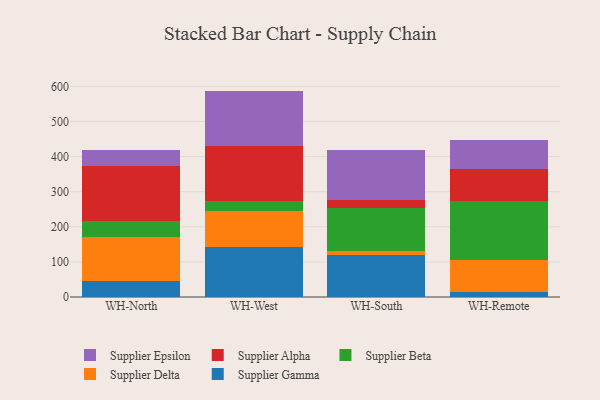
{"axis": {"x": "Warehouse", "y": "Headcount"}, "legend": ["Supplier Alpha", "Supplier Beta", "Supplier Delta", "Supplier Epsilon", "Supplier Gamma"], "data": [{"x": "WH-North", "y": 44.2, "type": "Supplier Gamma"}, {"x": "WH-North", "y": 125.4, "type": "Supplier Delta"}, {"x": "WH-North", "y": 46.2, "type": "Supplier Beta"}, {"x": "WH-North", "y": 156.1, "type": "Supplier Alpha"}, {"x": "WH-North", "y": 47.5, "type": "Supplier Epsilon"}, {"x": "WH-West", "y": 142.1, "type": "Supplier Gamma"}, {"x": "WH-West", "y": 102.8, "type": "Supplier Delta"}, {"x": "WH-West", "y": 28.1, "type": "Supplier Beta"}, {"x": "WH-West", "y": 158.5, "type": "Supplier Alpha"}, {"x": "WH-West", "y": 155.7, "type": "Supplier Epsilon"}, {"x": "WH-South", "y": 119.9, "type": "Supplier Gamma"}, {"x": "WH-South", "y": 11.8, "type": "Supplier Delta"}, {"x": "WH-South", "y": 122.2, "type": "Supplier Beta"}, {"x": "WH-South", "y": 23.3, "type": "Supplier Alpha"}, {"x": "WH-South", "y": 142.6, "type": "Supplier Epsilon"}, {"x": "WH-Remote", "y": 13.1, "type": "Supplier Gamma"}, {"x": "WH-Remote", "y": 93.4, "type": "Supplier Delta"}, {"x": "WH-Remote", "y": 166.8, "type": "Supplier Beta"}, {"x": "WH-Remote", "y": 91.5, "type": "Supplier Alpha"}, {"x": "WH-Remote", "y": 83.6, "type": "Supplier Epsilon"}]}